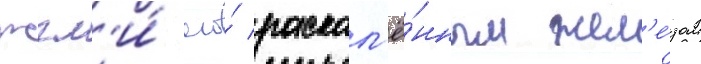
жгл'и́ его́ раскал'ё́нным жел'е́зом